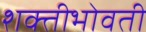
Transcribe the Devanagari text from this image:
शक्तीभोवती